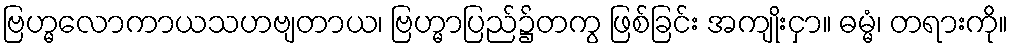
ဗြဟ္မလောကာယသဟဗျတာယ၊ ဗြဟ္မာပြည်၌တကွ ဖြစ်ခြင်း အကျိုးငှာ။ ဓမ္မံ၊ တရားကို။